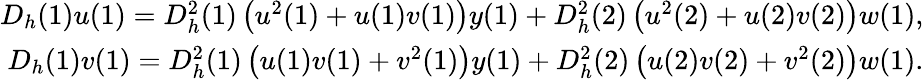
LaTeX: \begin{array}{r}{D_{h}(1)u(1)=D_{h}^{2}(1)\left(u^{2}(1)+u(1)v(1)\right)y(1)+D_{h}^{2}(2)\left(u^{2}(2)+u(2)v(2)\right)w(1),}\\ {D_{h}(1)v(1)=D_{h}^{2}(1)\left(u(1)v(1)+v^{2}(1)\right)y(1)+D_{h}^{2}(2)\left(u(2)v(2)+v^{2}(2)\right)w(1).}\end{array}